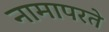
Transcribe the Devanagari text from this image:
नामापरते